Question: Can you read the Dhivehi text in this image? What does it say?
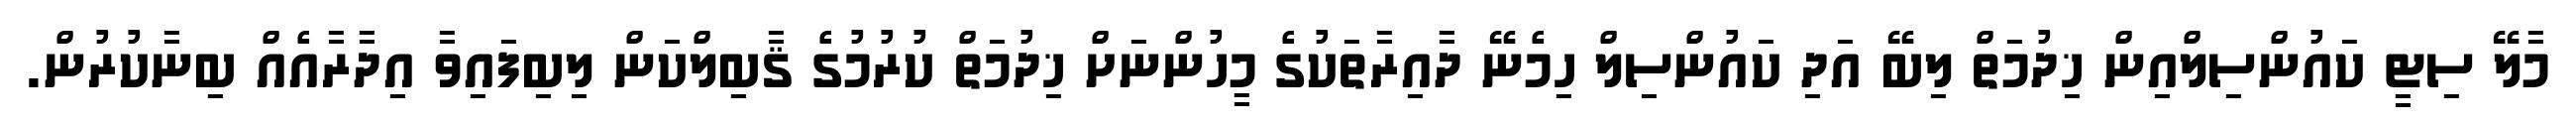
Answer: މާލޭ ސިޓީ ކައުންސިލްއިން ޚިދުމަތް ލިބޭ އަދި ކައުންސިލް ހިމެނޭ ދާއިރާތަކުގެ މީހުންނަށް ޚިދުމަތް ކުރުމުގެ ޤާބިލްކަން ލިބިފައިވާ އިދާރާއެއް ބިނާކުރުން.